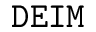
\tt D E I M